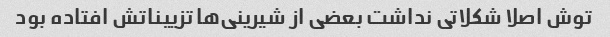
توش اصلا شکلاتی نداشت بعضی از شیرینی‌ها تزییناتش افتاده بود